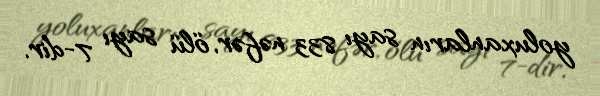
yoluxanların sayı 833 nəfər, ölü sayı 7-dir.